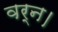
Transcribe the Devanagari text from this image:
वर्न।